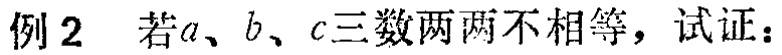
例2 若\(a、b、c\)三数两两不相等，试证：